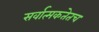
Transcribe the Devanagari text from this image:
सर्वात्मकतेतच